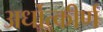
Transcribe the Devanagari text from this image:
अर्धोत्कीर्ण